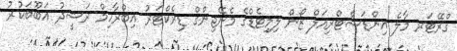
ގްރޭޓަރ މާލެ އިންޑަސްޓްރިއަލް ޒޯން ލިމިޓެޑްގެ މެނޭޖިންގް ޑިރެކްޓަރު އިބްރާހިމް ރަޝީދު އަބޫބަކުރު